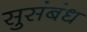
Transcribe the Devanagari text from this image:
सुसंबंध